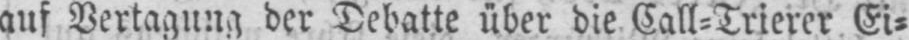
auf Vertagung der Debatte über die Call⸗Trierer Ei⸗